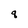
Character: q